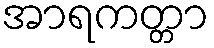
အာရကတ္တာ